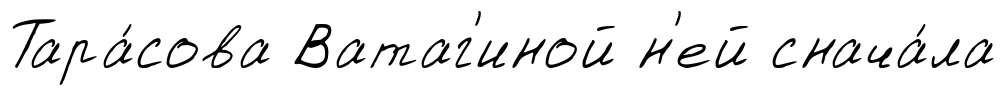
Тара́сова Ватаг'иной н'ей снача́ла